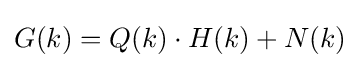
G(k)=Q(k)\cdot H(k)+N(k)